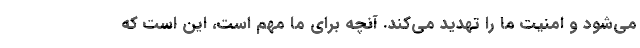
مي‌شود و امنيت ما را تهديد مي‌كند. آنچه براي ما مهم است، اين است كه